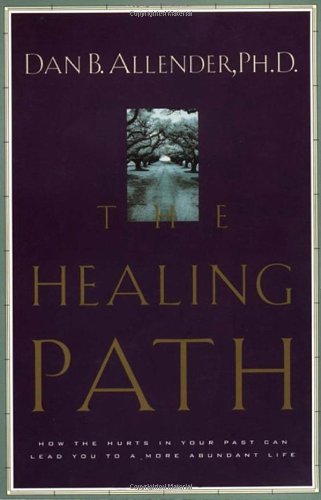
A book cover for The Healing Path: How the Hurts in Your Past Can Lead You to a More Abundant Life; Dan B. Allender; Self-Help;